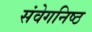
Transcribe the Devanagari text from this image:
संवेगनिष्ठ